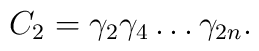
C_2= \gamma_2\gamma_4\ldots \gamma_{2n}.